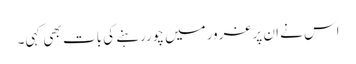
اس نے ان پرغرورمیں چوررہنے کی بات بھی کہی۔